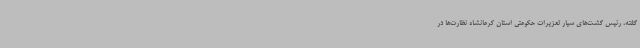
گفته، رئیس گشت‌های سیار تعزیرات حکومتی استان کرمانشاه نظارت‌ها در